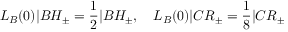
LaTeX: L _ { B } ( 0 ) | B H _ { \pm } = \frac { 1 } { 2 } | B H _ { \pm } , \quad L _ { B } ( 0 ) | C R _ { \pm } = \frac { 1 } { 8 } | C R _ { \pm }